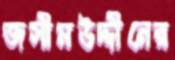
জসীমউদ্দীনের